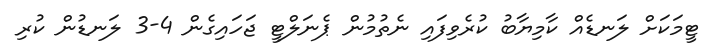
ޓީމަކަށް ލަނޑެއް ކާމިޔާބު ކުރެވިފައި ނެތުމުން ޕެނަލްޓީ ޖަހައިގެން 4-3 ލަނޑުން ކުރި